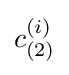
c_{(2)}^{(i)}